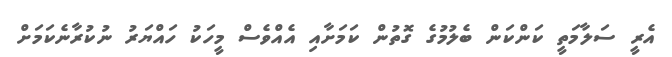
އެރީ ސަލާމަތީ ކަންކަން ބެލުމުގެ ގޮތުން ކަމަށާއި އެއްވެސް މީހަކު ހައްޔަރު ނުކުރާނެކަމަށް